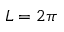
L = 2 \pi